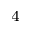
_ 4